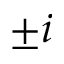
\pm i